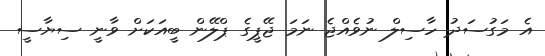
އެ މަގުސަދު ހާސިލް ނުވެއްޖެ ނަމަ ޖޭޕީގެ ޕްލޭން ބީއަކަށް ވާނީ ސިޔާސީ